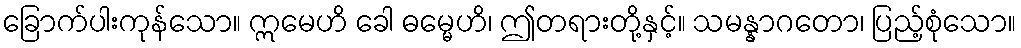
ခြောက်ပါးကုန်သော။ ဣမေဟိ ခေါ ဓမ္မေဟိ၊ ဤတရားတို့နှင့်။ သမန္နာဂတော၊ ပြည့်စုံသော။